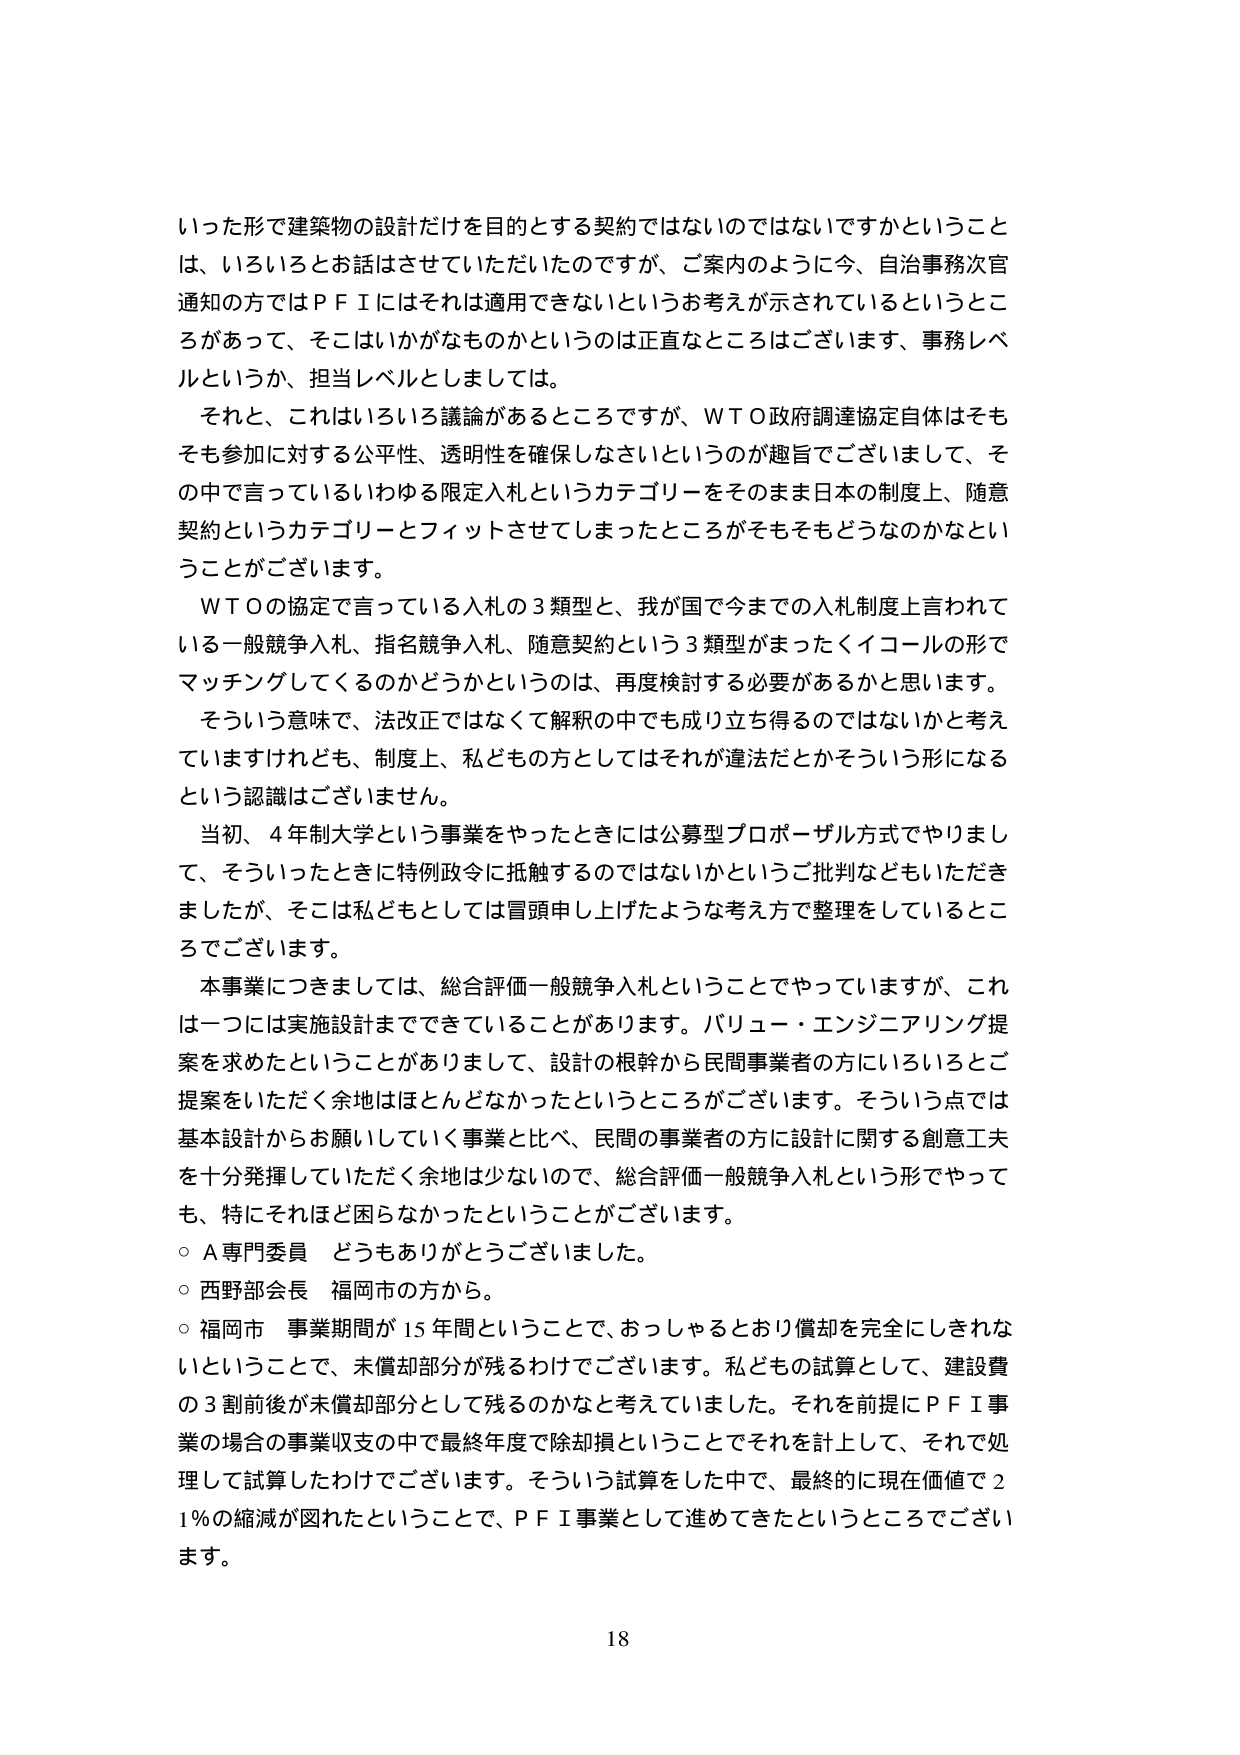
いった形で建築物の設計だけを目的とする契約ではないのではないでしょうかということは、いろいろとお話はさせていただいたのですが、ご案内のように今、自治事務次官通知の方ではＰＦＩにはそれは適用できないというお考えが示されているというところがあって、そこはいかがなものかというのは正直なところはございます、事務レベルというか、担当レベルとしましては。

それと、これはいろいろ議論があるところですが、ＷＴＯ政府調達協定自体はそもそも参加に対する公平性、透明性を確保しなさいというのが趣旨でございまして、その中で言っているいわゆる限定入札というカテゴリーをそのまま日本の制度上、随意契約というカテゴリーとフィットさせてしまったところがそもそもどうなのかなということがございます。

ＷＴＯの協定で言っている入札の３類型と、我が国で今までの入札制度上言われている一般競争入札、指名競争入札、随意契約という３類型がまったくイコールの形でマッチングしてくるのかどうかというのは、再度検討する必要があるかと思います。

そういう意味で、法改正ではなくて解釈の中でも成り立ち得るのではないかと考えていますけれども、制度上、私どもの方としてはそれが違法だとかそういう形になるという認識はございません。

当初、４年制大学という事業をやったときには公募型プロポーザル方式でやりまして、そういったときに特例政令に抵触するのではないかというご批判などもいただきましたが、そこは私どもとしては冒頭申し上げたような考え方で整理をしているところでございます。

本事業につきましては、総合評価一般競争入札ということでやっていますが、これは一つには実施設計までできていることがあります。バリュー・エンジニアリング提案を求めたということがありまして、設計の根幹から民間事業者の方にいろいろとご提案をいただく余地はほとんどなかったというところがございます。そういう点では基本設計からお願いしていく事業と比べ、民間の事業者の方に設計に関する創意工夫を十分発揮していただく余地は少ないので、総合評価一般競争入札という形でやっても、特にそれほど困らなかったということがございます。

○Ａ専門委員　どうもありがとうございました。

○西野部会長　福岡市の方から。

○福岡市　事業期間が15年間ということで、おっしゃるとおり償却を完全にしきれないということで、未償却部分が残るわけでございます。私どもの試算として、建設費の3割前後が未償却部分として残るのかなと考えていました。それを前提にＰＦＩ事業の場合の事業収支の中で最終年度で除却損ということでそれを計上して、それで処理して試算したわけでございます。そういう試算をした中で、最終的に現在価値で21％の縮減が図れたということで、ＰＦＩ事業として進めてきたというところでございます。

18